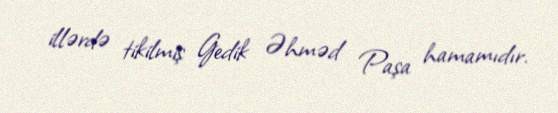
illərdə tikilmiş Gedik Əhməd Paşa hamamıdır.